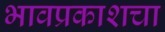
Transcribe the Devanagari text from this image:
भावप्रकाशचा